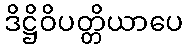
ဒိဋ္ဌိဝိပတ္တိယာပေ